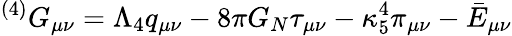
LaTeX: ^{(4)}G_{\mu\nu}=\Lambda_{4}q_{\mu\nu}-8\pi G_{N}\tau_{\mu\nu}-\kappa_{5}^{4}\pi_{\mu\nu}-\bar{E}_{\mu\nu}